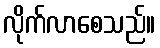
လိုက်လာစေသည်။